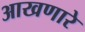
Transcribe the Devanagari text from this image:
आखणारे